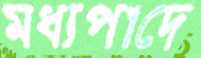
মধ্যপাদে